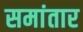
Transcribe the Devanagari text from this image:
समांतार